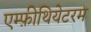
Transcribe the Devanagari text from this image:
एम्फ़ीथियेटरम